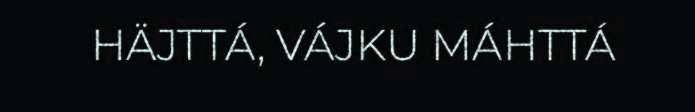
HÄJTTÁ, VÁJKU MÁHTTÁ